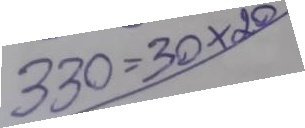
330 = 20 x 30